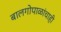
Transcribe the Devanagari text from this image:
बालगोपाळांचाही